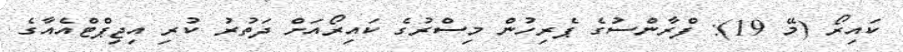
ކައިރޯ (މޭ 19): ފްރާންސުގެ ޕެރިހުން މިސްރުގެ ކައިރޯއަށް ދަތުރު ކުރި އިޖިޕްޓްއެއާގެ